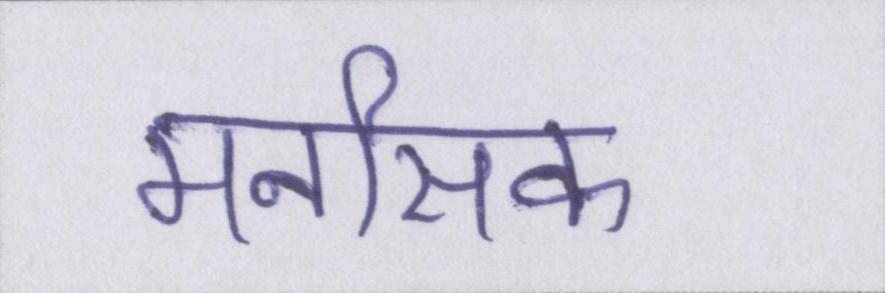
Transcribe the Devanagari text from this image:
मनसिक